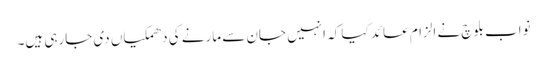
نواب بلوچ نے الزام عائد کیا کہ انہیں جان سے مارنے کی دھمکیاں دی جارہی ہیں۔